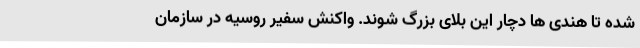
شده تا هندی ها دچار این بلای بزرگ شوند. واکنش سفیر روسیه در سازمان